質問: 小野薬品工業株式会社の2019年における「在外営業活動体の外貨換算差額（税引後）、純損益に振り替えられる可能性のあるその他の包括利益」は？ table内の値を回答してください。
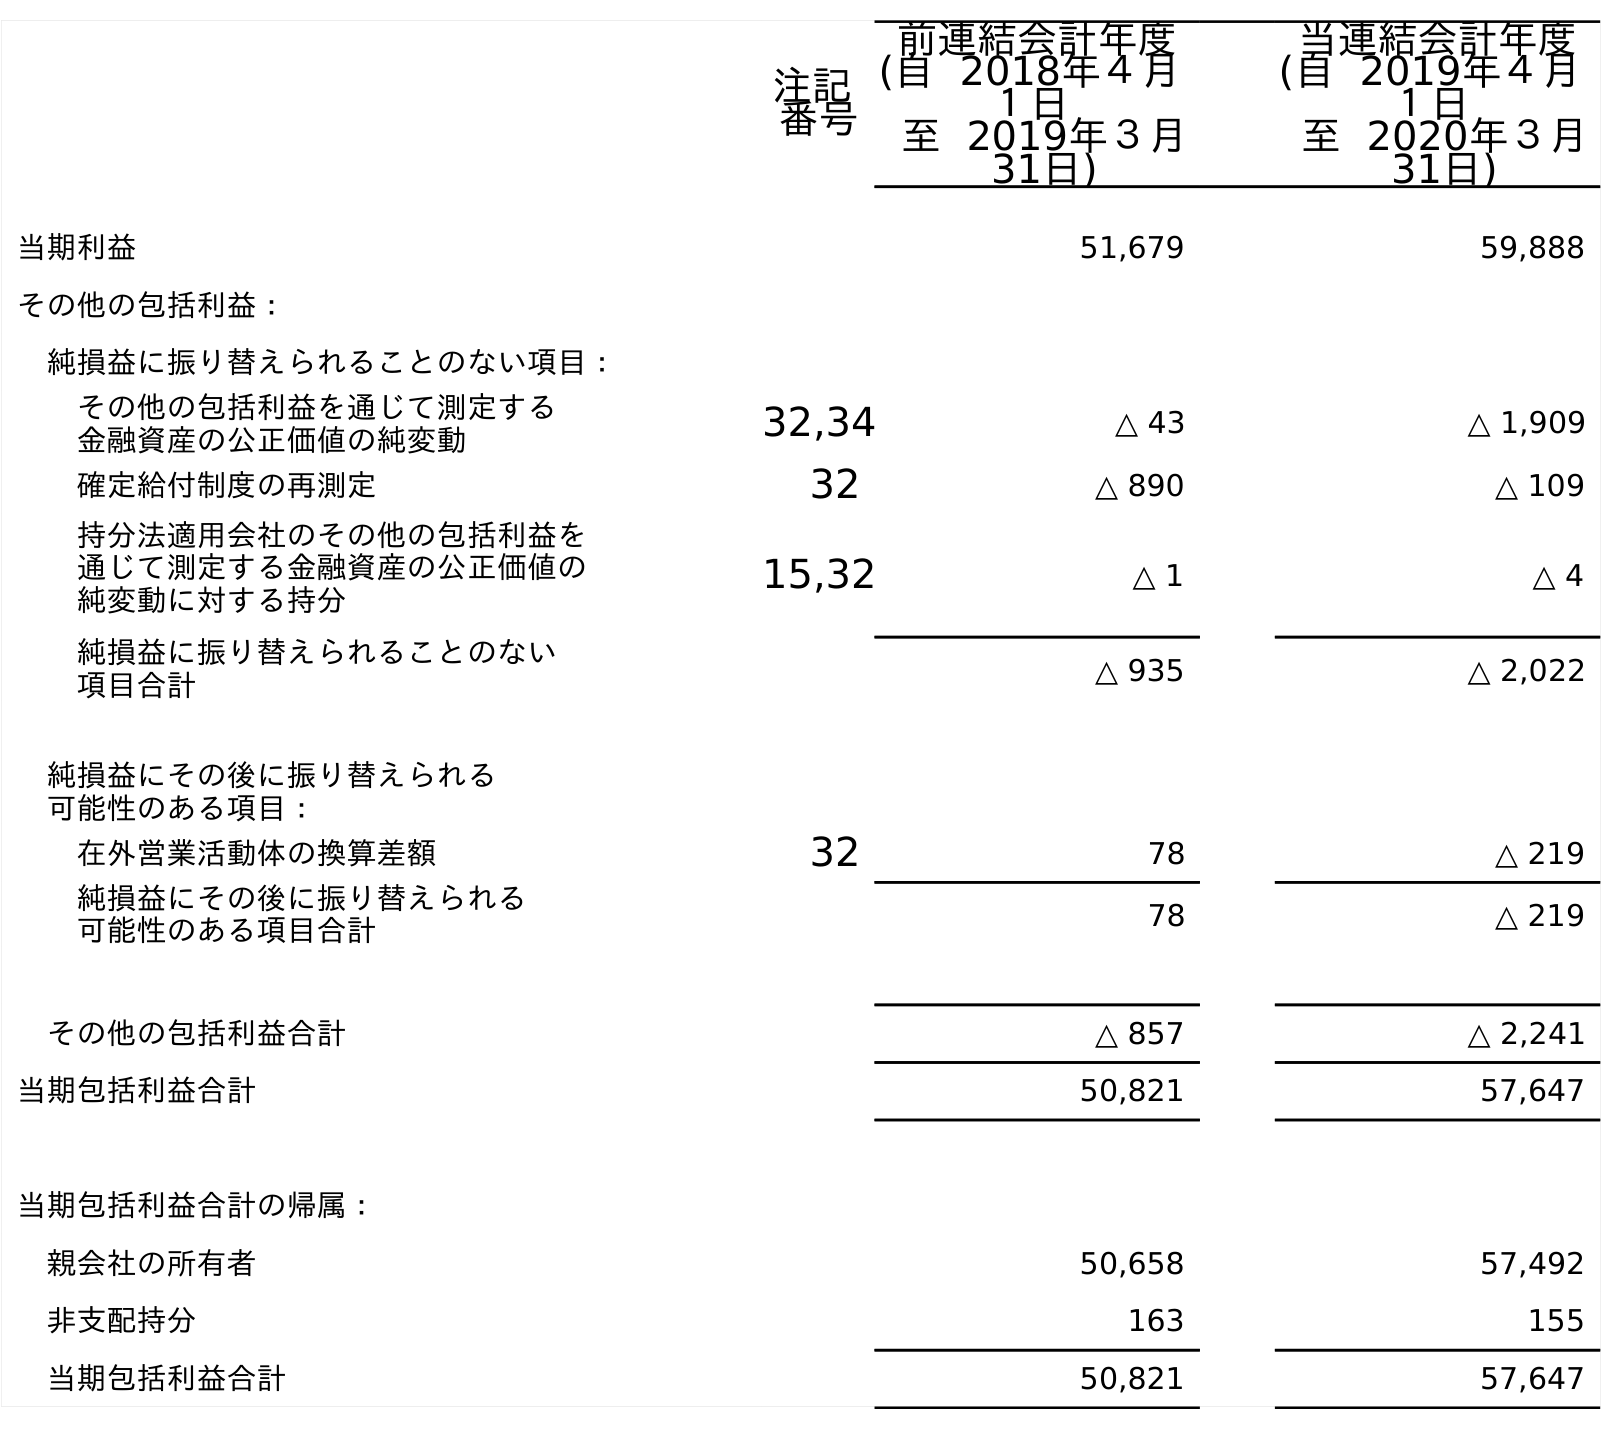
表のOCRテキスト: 注記 番号 前連結会計年度 (自 2018年４月 １日 至 2019年３月 31日) 当連結会計年度 (自 2019年４月 １日 至 2020年３月 31日) 当期利益 51,679 59,888 その他の包括利益： 純損益に振り替えられることのない項目： その他の包括利益を通じて測定する 金融資産の公正価値の純変動 32,34 △ 43 △ 1,909 確定給付制度の再測定 32 △ 890 △ 109 持分法適用会社のその他の包括利益を 通じて測定する金融資産の公正価値の 純変動に対する持分 15,32 △ 1 △ 4 純損益に振り替えられることのない 項目合計 △ 935 △ 2,022 純損益にその後に振り替えられる 可能性のある項目： 在外営業活動体の換算差額 32 78 △ 219 純損益にその後に振り替えられる 可能性のある項目合計 78 △ 219 その他の包括利益合計 △ 857 △ 2,241 当期包括利益合計 50,821 57,647 当期包括利益合計の帰属： 親会社の所有者 50,658 57,492 非支配持分 163 155 当期包括利益合計 50,821 57,647
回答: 78